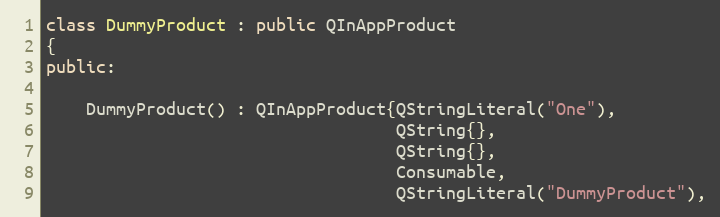
Language: C++
class DummyProduct : public QInAppProduct
{
public:

    DummyProduct() : QInAppProduct{QStringLiteral("One"),
                                   QString{},
                                   QString{},
                                   Consumable,
                                   QStringLiteral("DummyProduct"),